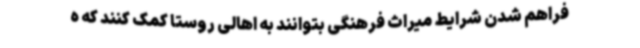
فراهم شدن شرایط میراث فرهنگی بتوانند به اهالی روستا کمک کنند که ه